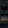
.